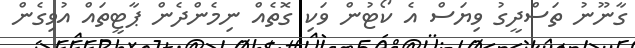
ގާނޫނު ތަސްދީގު ވިޔަސް އެ ކޯޓުން ވަކި ގޮތެއް ނިމެންދެން ޕާޓީތައް އުވިގެން